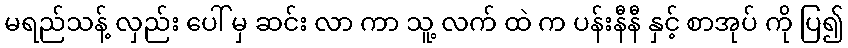
မရည်သန့် လှည်း ပေါ် မှ ဆင်း လာ ကာ သူ့ လက် ထဲ က ပန်းနီနီ နှင့် စာအုပ် ကို ပြ၍